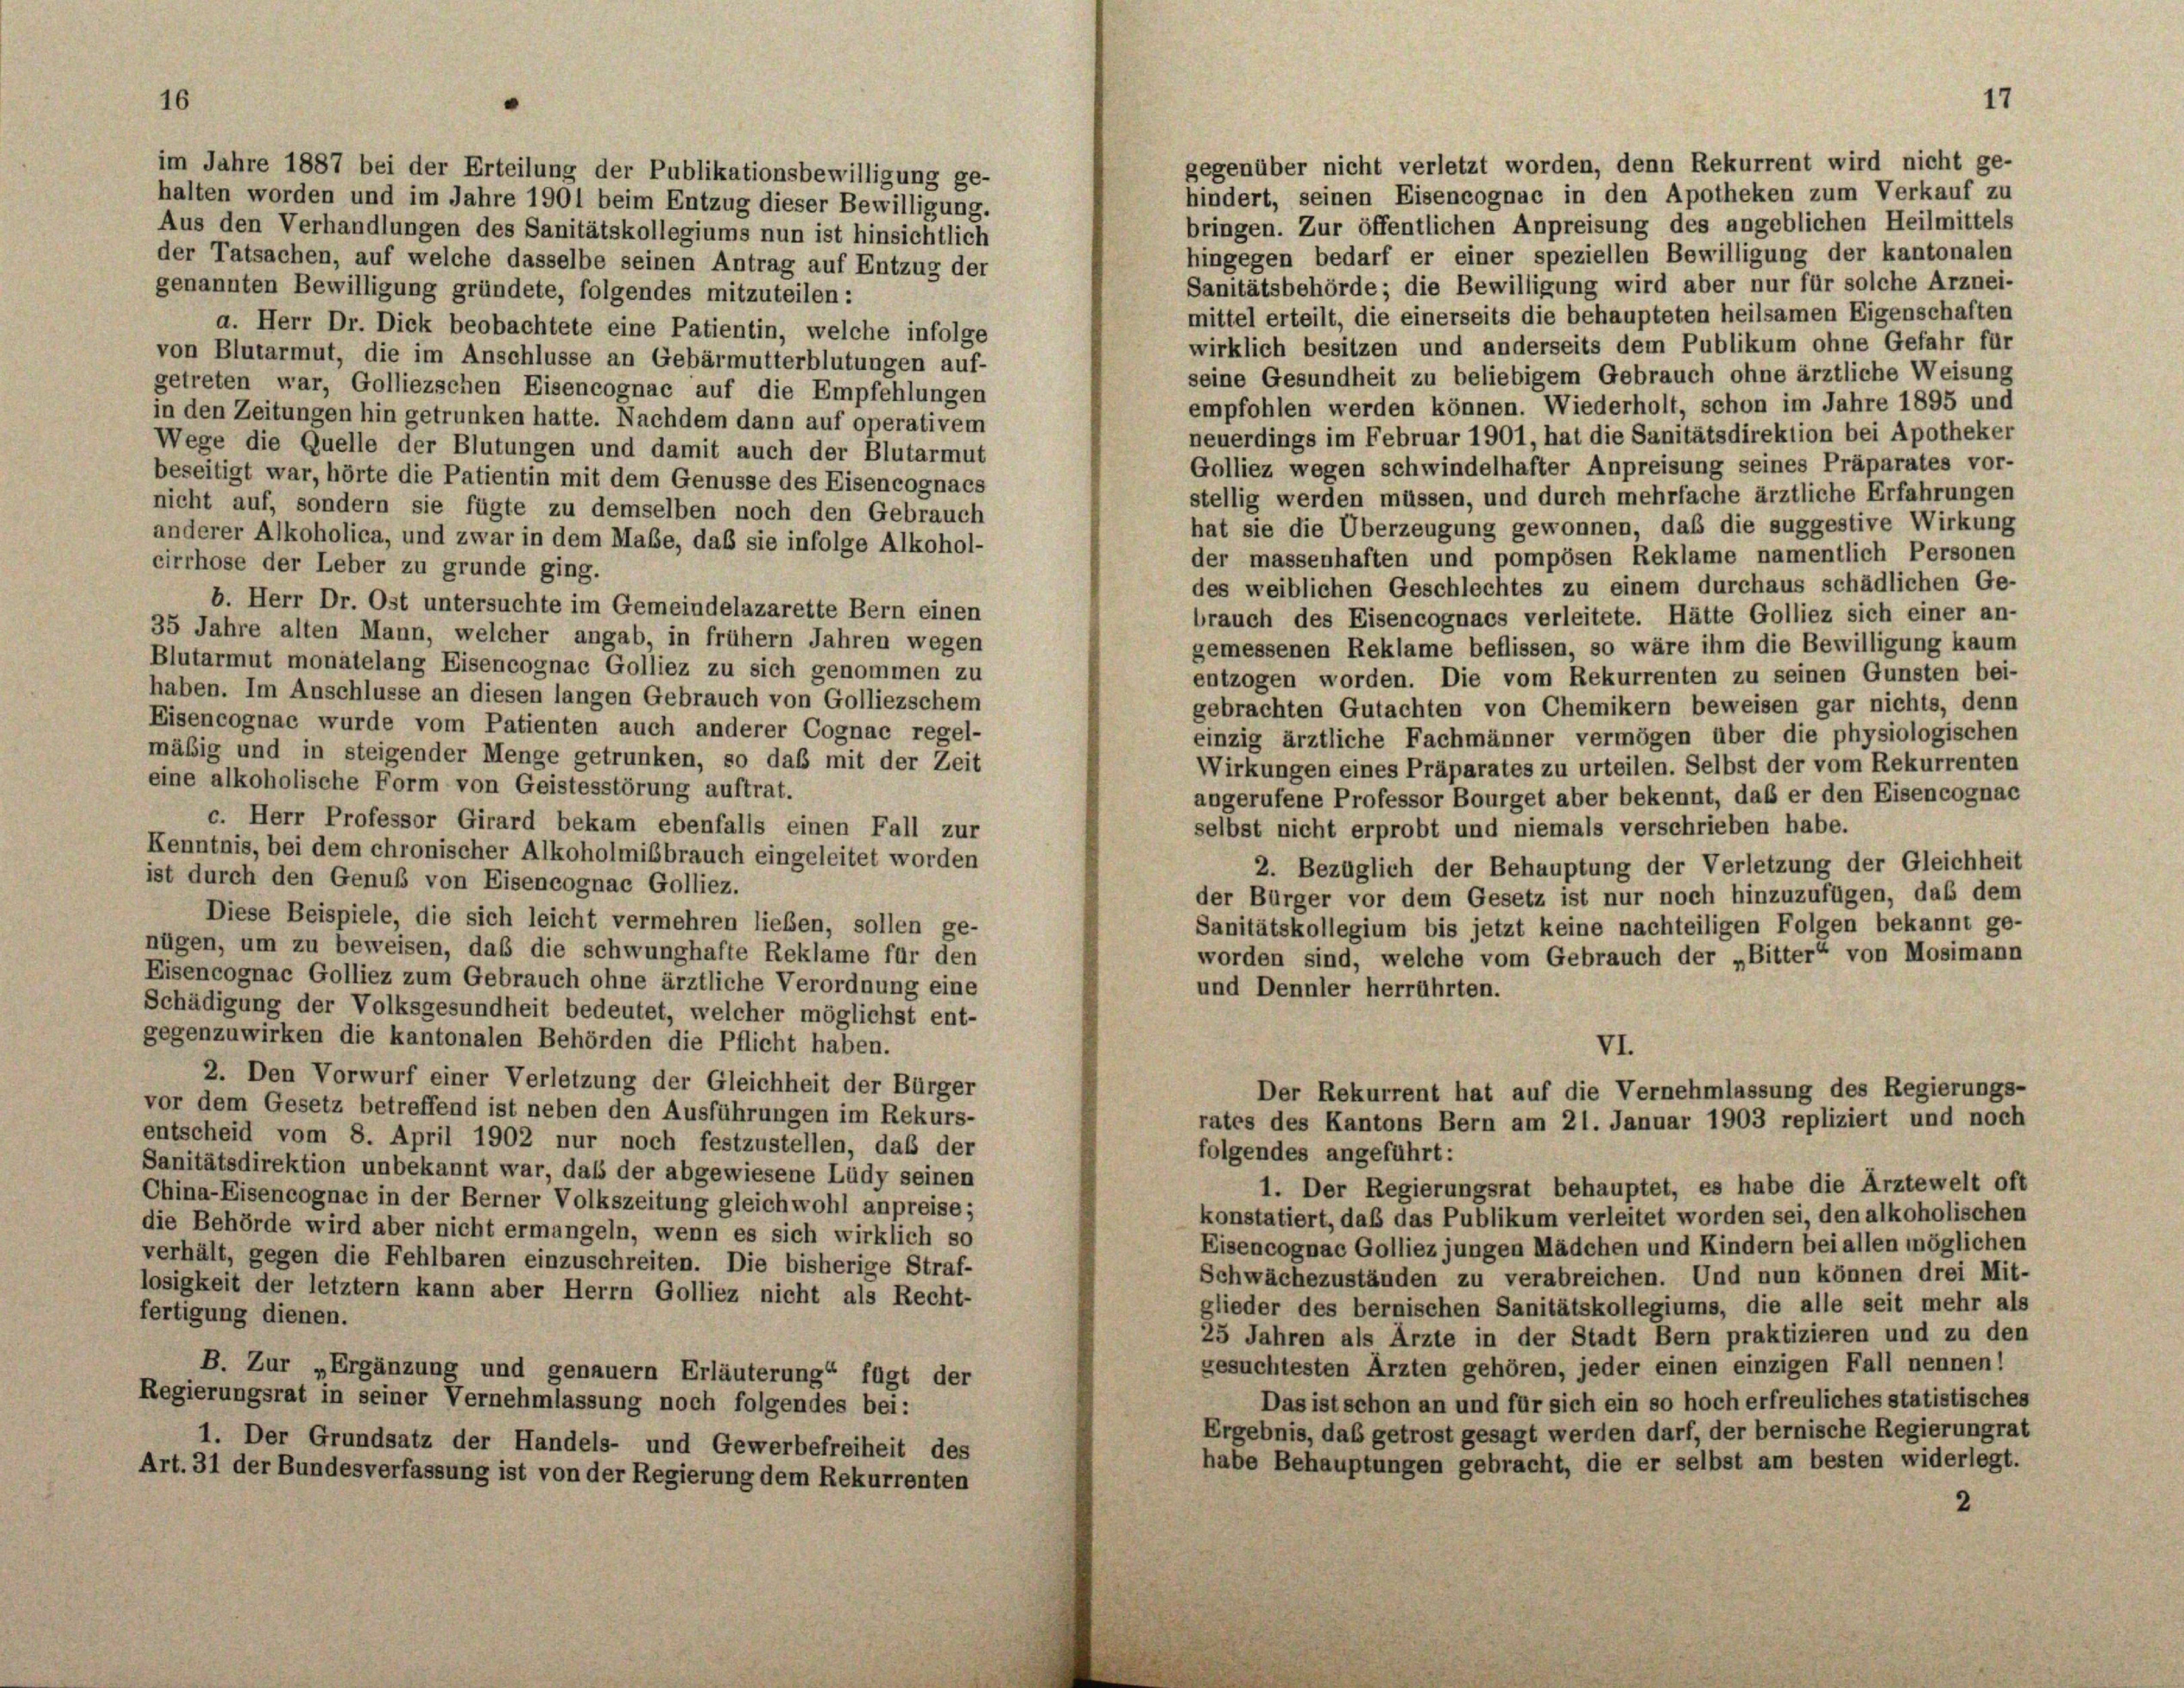
im Jahre 1887 bei der Erteilung der Publikationsbewilligung ge-
halten worden und im Jahre 1901 beim Entzug dieser Bewilligung.
Aus den Verhandlungen des Sanitätskollegiums nun ist hinsichtlich
der Tatsachen, auf welche dasselbe seinen Antrag auf Entzug der

gegenüber nicht verletzt worden, denn Rekurrent wird nicht ge-
hindert, seinen Eisencognac in den Apotheken zum Verkauf zu
bringen. Zur öffentlichen Anpreisung des angeblichen Heilmittels

17

hingegen bedarf er einer speziellen Bewilligung der kantonalen
Sanitätsbehörde; die Bewilligung wird aber nur für solche Arznei-
genannten Bewilligung gründete, folgendes mitzuteilen:
mittel erteilt, die einerseits die behaupteten heilsamen Eigenschaften
a. Herr Dr. Dick beobachtete eine Patientin, welche infolge
wirklich besitzen und anderseits dem Publikum ohne Gefahr für
von Blutarmut, die im Anschlüsse an Gebärmutterblutungen auf-
seine Gesundheit zu beliebigem Gebrauch ohne ärztliche Weisung
getreten war, Golliezschen Eisencognac auf die Empfehlungen
empfohlen werden können. Wiederholt, schon im Jahre 1895 und
in den Zeitungen hin getrunken hatte. Nachdem dann auf operativem
neuerdings im Februar 1901, hat die Sanitätsdirektion bei Apotheker
Wege die Quelle der Blutungen und damit auch der Blutarmut
Golliez wegen schwindelhafter Anpreisung seines Präparates vor-
beseitigt war, hörte die Patientin mit dem Genüsse des Eisencognacs
stellig werden müssen, und durch mehrfache ärztliche Erfahrungen
nicht auf, sondern sie fügte zu demselben noch den Gebrauch
hat sie die Überzeugung gewonnen, daß die suggestive Wirkung
anderer Alkoholica, und zwar in dem Maße, daß sie infolge Alkohol-
der massenhaften und pompösen Reklame namentlich Personen
cirrhose der Leber zu grunde ging.
des weiblichen Geschlechtes zu einem durchaus schädlichen Ge-
b. Herr Dr. Ost untersuchte im Gemeindelazarette Bern einen
brauch des Eisencognacs verleitete. Hätte Golliez sich einer an-
35 Jahre alten Mann, welcher angab, in frühem Jahren wegen
gemessenen Reklame beflissen, so wäre ihm die Bewilligung kaum
Blutarmut monatelang Eisencognac Golliez zu sich genommen zu
entzogen worden. Die vom Rekurrenten zu seinen Gunsten bei-
haben. Im Anschlüsse an diesen langen Gebrauch von Golliezschem
gebrachten Gutachten von Chemikern beweisen gar nichts, denn
Eisencognac wurde vom Patienten auch anderer Cognac regel-
einzig ärztliche Fachmänner vermögen über die physiologischen
mäßig und in steigender Menge getrunken, so daß mit der Zeit
Wirkungen eines Präparates zu urteilen. Selbst der vom Rekurrenten
eine alkoholische Form von Geistesstörung auftrat.
angerufene Professor Bourget aber bekennt, daß er den Eisencognac
c. Herr Professor Girard bekam ebenfalls einen Fall zur
selbst nicht erprobt und niemals verschrieben habe.
Kenntnis, bei dem chronischer Alkoholmißbrauch eingeleitet worden
2. Bezüglich der Behauptung der Verletzung der Gleichheit
ist durch den Genuß von Eisencognac Golliez.
der Bürger vor dem Gesetz ist nur noch hinzuzufügen, daß dem
Diese Beispiele, die sich leicht vermehren lieben, sollen ge-
Sanitätskollegium bis jetzt keine nachteiligen Folgen bekannt ge-
nügen, um zu beweisen, daß die schwunghafte Reklame für den
worden sind, welche vom Gebrauch der „Bitter“ von Mosimann
Eisencognac Golliez zum Gebrauch ohne ärztliche Verordnung eine
und Dennler herrührten.
Schädigung der Volksgesundheit bedeutet, welcher möglichst ent-
gegenzuwirken die kantonalen Behörden die Pflicht haben.
VI.
2. Den Vorwurf einer Verletzung der Gleichheit der Bürger
Der Rekurrent hat auf die Vernehmlassung des Regierungs-
vor dem Gesetz betreffend ist neben den Ausführungen im Rekurs-
rates des Kantons Bern am 21. Januar 1903 repliziert und noch
entscheid vom 8. April 1902 nur noch festzustellen, daß der
folgendes angeführt:
Sanitätsdirektion unbekannt war, daß der abgewiesene Lüdy seinen
1. Der Regierungsrat behauptet, es habe die Ärztewelt oft
China-Eisencognac in der Berner Volkszeitung gleichwohl anpreise;
konstatiert, daß das Publikum verleitet worden sei, den alkoholischen
die Behörde wird aber nicht ermangeln, wenn es sich wirklich so
Eisencognac Golliez jungen Mädchen und Kindern bei allen möglichen
verhält, gegen die Fehlbaren einzuschreiten. Die bisherige Straf-
Schwächezuständen zu verabreichen. Und nun können drei Mit-
losigkeit der letztem kann aber Herrn Golliez nicht als Recht-
glieder des bernischen Sanitätskollegiums, die alle seit mehr als
fertigung dienen.
25 Jahren als Arzte in der Stadt Bern praktizieren und zu den
gesuchtesten Ärzten gehören, jeder einen einzigen Fall nennen!
B. Zur „Ergänzung und genauern Erläuterung“ fügt der
Regierungsrat in seiner Vernehmlassung noch folgendes bei:
Das ist schon an und für sich ein so hoch erfreuliches statistisches
Ergebnis, das getrost gesagt werden darf, der bernische Regierungrat
1. Der Grundsatz der Handels- und Gewerbefreiheit des
habe Behauptungen gebracht, die er selbst am besten widerlegt.
Art. 31 der Bundesverfassung ist von der Regierung dem Rekurrenten
2